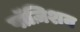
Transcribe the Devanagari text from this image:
पॉज़िशन